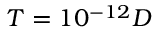
{ T = 1 0 ^ { - 1 2 } D }